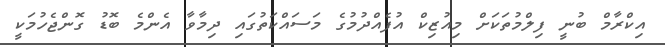
އިކްރާމް ބުނީ ފިލްމުތަކަށް މިއުޒިކް އުފެއްދުމުގެ މަސައްކަތުގައި ދިމާވާ އެންމެ ބޮޑު ގޮންޖެހުމަކީ